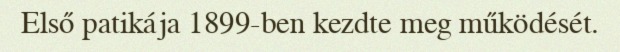
Első patikája 1899-ben kezdte meg működését.